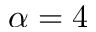
\alpha = 4